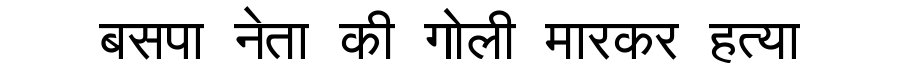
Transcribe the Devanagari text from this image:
बसपा नेता की गोली मारकर हत्या